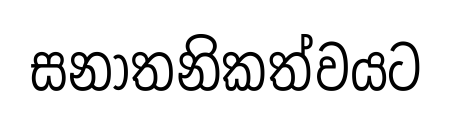
සනාතනිකත්වයට